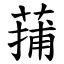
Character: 蒱